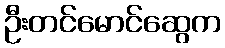
ဦးတင်မောင်ဆွေက